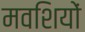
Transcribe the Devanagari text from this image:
मवशियों